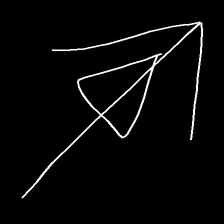
Glyph: pull